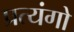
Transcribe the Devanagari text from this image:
प्रत्यंगो